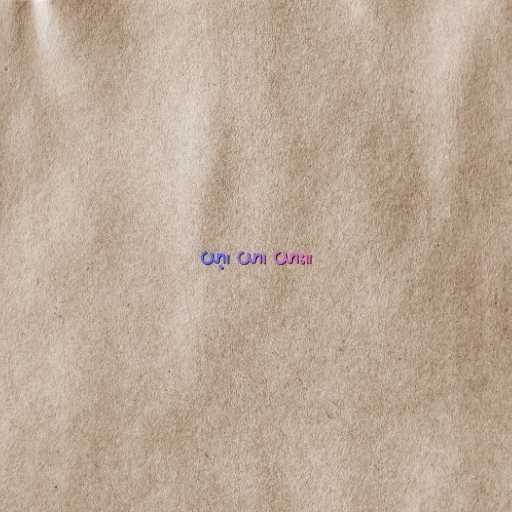
ယာ့၊ ယာ၊ ယား။